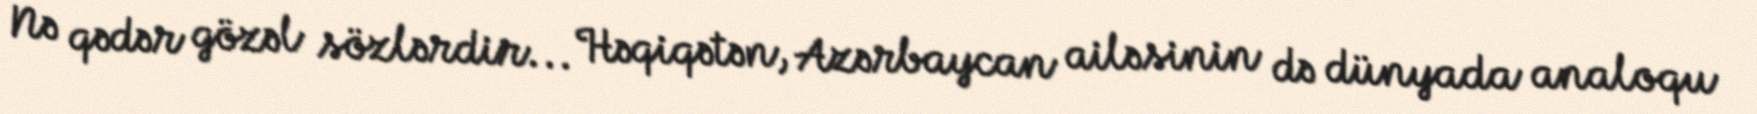
Nə qədər gözəl sözlərdir... Həqiqətən, Azərbaycan ailəsinin də dünyada analoqu